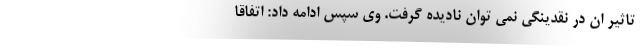
تاثیر ان در نقدینگی نمی توان نادیده گرفت. وی سپس ادامه داد: اتفاقا